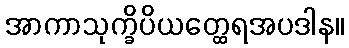
အာကာသုက္ခိပိယတ္ထေရအပဒါန။